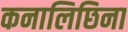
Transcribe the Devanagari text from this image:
कनालिछिना